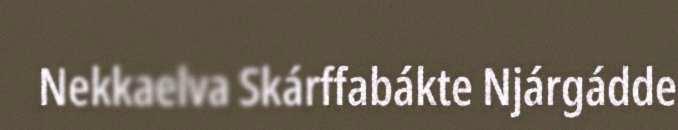
Nekkaelva Skárffabákte Njárgádde